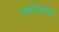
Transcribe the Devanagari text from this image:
चर्मरोगांवर